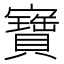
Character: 寶